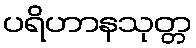
ပရိဟာနသုတ္တ